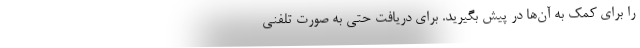
را برای کمک به آن‌ها در پیش بگیرید. برای دریافت حتی به صورت تلفنی